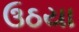
ઉઠયા